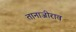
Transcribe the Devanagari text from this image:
तानाजीराव